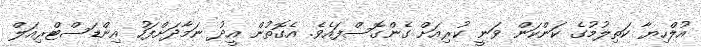
އުލްހިޔާ ކަތިލުމުގެ ކަންކަން ވަނީ ކުރިއަށް ގެންގޮސްފައެވެ. އެގޮތުން އީދު ނަމާދަށްފަހު އިންޑަސްޓްރިއަލް